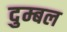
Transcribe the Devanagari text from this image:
दुम्बल